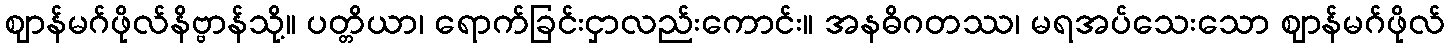
ဈာန်မဂ်ဖိုလ်နိဗ္ဗာန်သို့။ ပတ္တိယာ၊ ရောက်ခြင်းငှာလည်းကောင်း။ အနဓိဂတဿ၊ မရအပ်သေးသော ဈာန်မဂ်ဖိုလ်